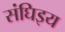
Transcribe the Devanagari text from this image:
संघिइय